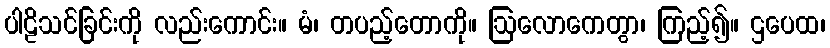
ပါဠိသင်ခြင်းကို လည်းကောင်း။ မံ၊ တပည့်တောကို။ ဩလောကေတွာ၊ ကြည့်၍။ ဌပေထ၊